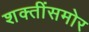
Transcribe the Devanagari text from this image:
शक्तींसमोर